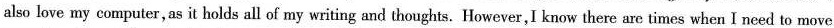
also love my computer,as it holds all of my writing and thoughts.However,I know there are times when I need to move